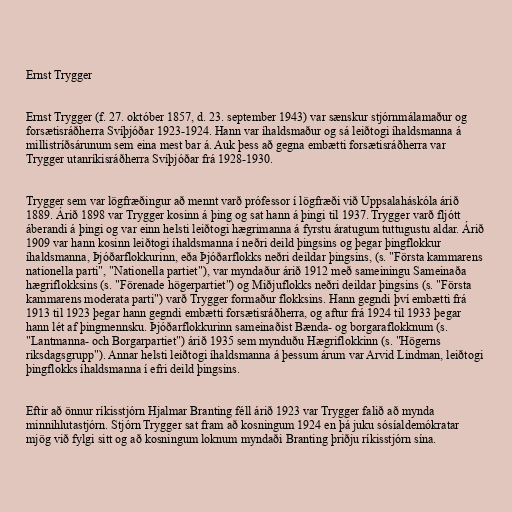
Ernst Trygger

Ernst Trygger (f. 27. október 1857, d. 23. september 1943) var sænskur stjórnmálamaður og
forsætisráðherra Svíþjóðar 1923-1924. Hann var íhaldsmaður og sá leiðtogi íhaldsmanna á
millistríðsárunum sem eina mest bar á. Auk þess að gegna embætti forsætisráðherra var
Trygger utanríkisráðherra Svíþjóðar frá 1928-1930.

Trygger sem var lögfræðingur að mennt varð prófessor í lögfræði við Uppsalaháskóla árið
1889. Árið 1898 var Trygger kosinn á þing og sat hann á þingi til 1937. Trygger varð fljótt
áberandi á þingi og var einn helsti leiðtogi hægrimanna á fyrstu áratugum tuttugustu aldar. Árið
1909 var hann kosinn leiðtogi íhaldsmanna í neðri deild þingsins og þegar þingflokkur
íhaldsmanna, Þjóðarflokkurinn, eða Þjóðarflokks neðri deildar þingsins, (s. "Första kammarens
nationella parti", "Nationella partiet"), var myndaður árið 1912 með sameiningu Sameinaða
hægriflokksins (s. "Förenade högerpartiet") og Miðjuflokks neðri deildar þingsins (s. "Första
kammarens moderata parti") varð Trygger formaður flokksins. Hann gegndi því embætti frá
1913 til 1923 þegar hann gegndi embætti forsætisráðherra, og aftur frá 1924 til 1933 þegar
hann lét af þingmennsku. Þjóðarflokkurinn sameinaðist Bænda- og borgaraflokknum (s.
"Lantmanna- och Borgarpartiet") árið 1935 sem mynduðu Hægriflokkinn (s. "Högerns
riksdagsgrupp"). Annar helsti leiðtogi íhaldsmanna á þessum árum var Arvid Lindman, leiðtogi
þingflokks íhaldsmanna í efri deild þingsins.

Eftir að önnur ríkisstjórn Hjalmar Branting féll árið 1923 var Trygger falið að mynda
minnihlutastjórn. Stjórn Trygger sat fram að kosningum 1924 en þá juku sósíaldemókratar
mjög við fylgi sitt og að kosningum loknum myndaði Branting þriðju ríkisstjórn sína.